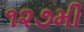
૧૨૭મી